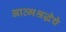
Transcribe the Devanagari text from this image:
आत्मश्रद्धेचे